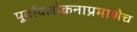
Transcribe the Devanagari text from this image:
पूर्वावलोकनाप्रमाणेच